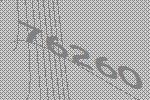
76260